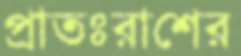
প্রাতঃরাশের